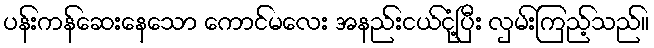
ပန်းကန်ဆေးနေသော ကောင်မလေး အနည်းငယ်ငုံ့ပြီး လှမ်းကြည့်သည်။